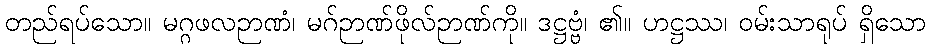
တည်ရပ်သော။ မဂ္ဂဖလဉာဏံ၊ မဂ်ဉာဏ်ဖိုလ်ဉာဏ်ကို။ ဒဋ္ဌဗ္ဗံ၊ ၏။ ဟဋ္ဌဿ၊ ဝမ်းသာရုပ် ရှိသော